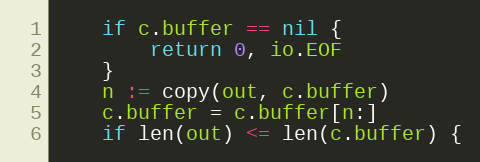
Language: Go
	if c.buffer == nil {
		return 0, io.EOF
	}
	n := copy(out, c.buffer)
	c.buffer = c.buffer[n:]
	if len(out) <= len(c.buffer) {